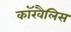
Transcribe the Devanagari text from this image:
कॉरवैलिस